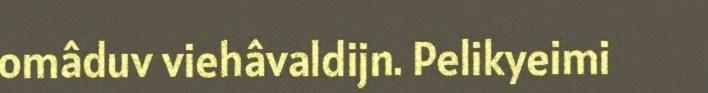
omâduv viehâvaldijn. Pelikyeimi